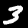
Label: 3